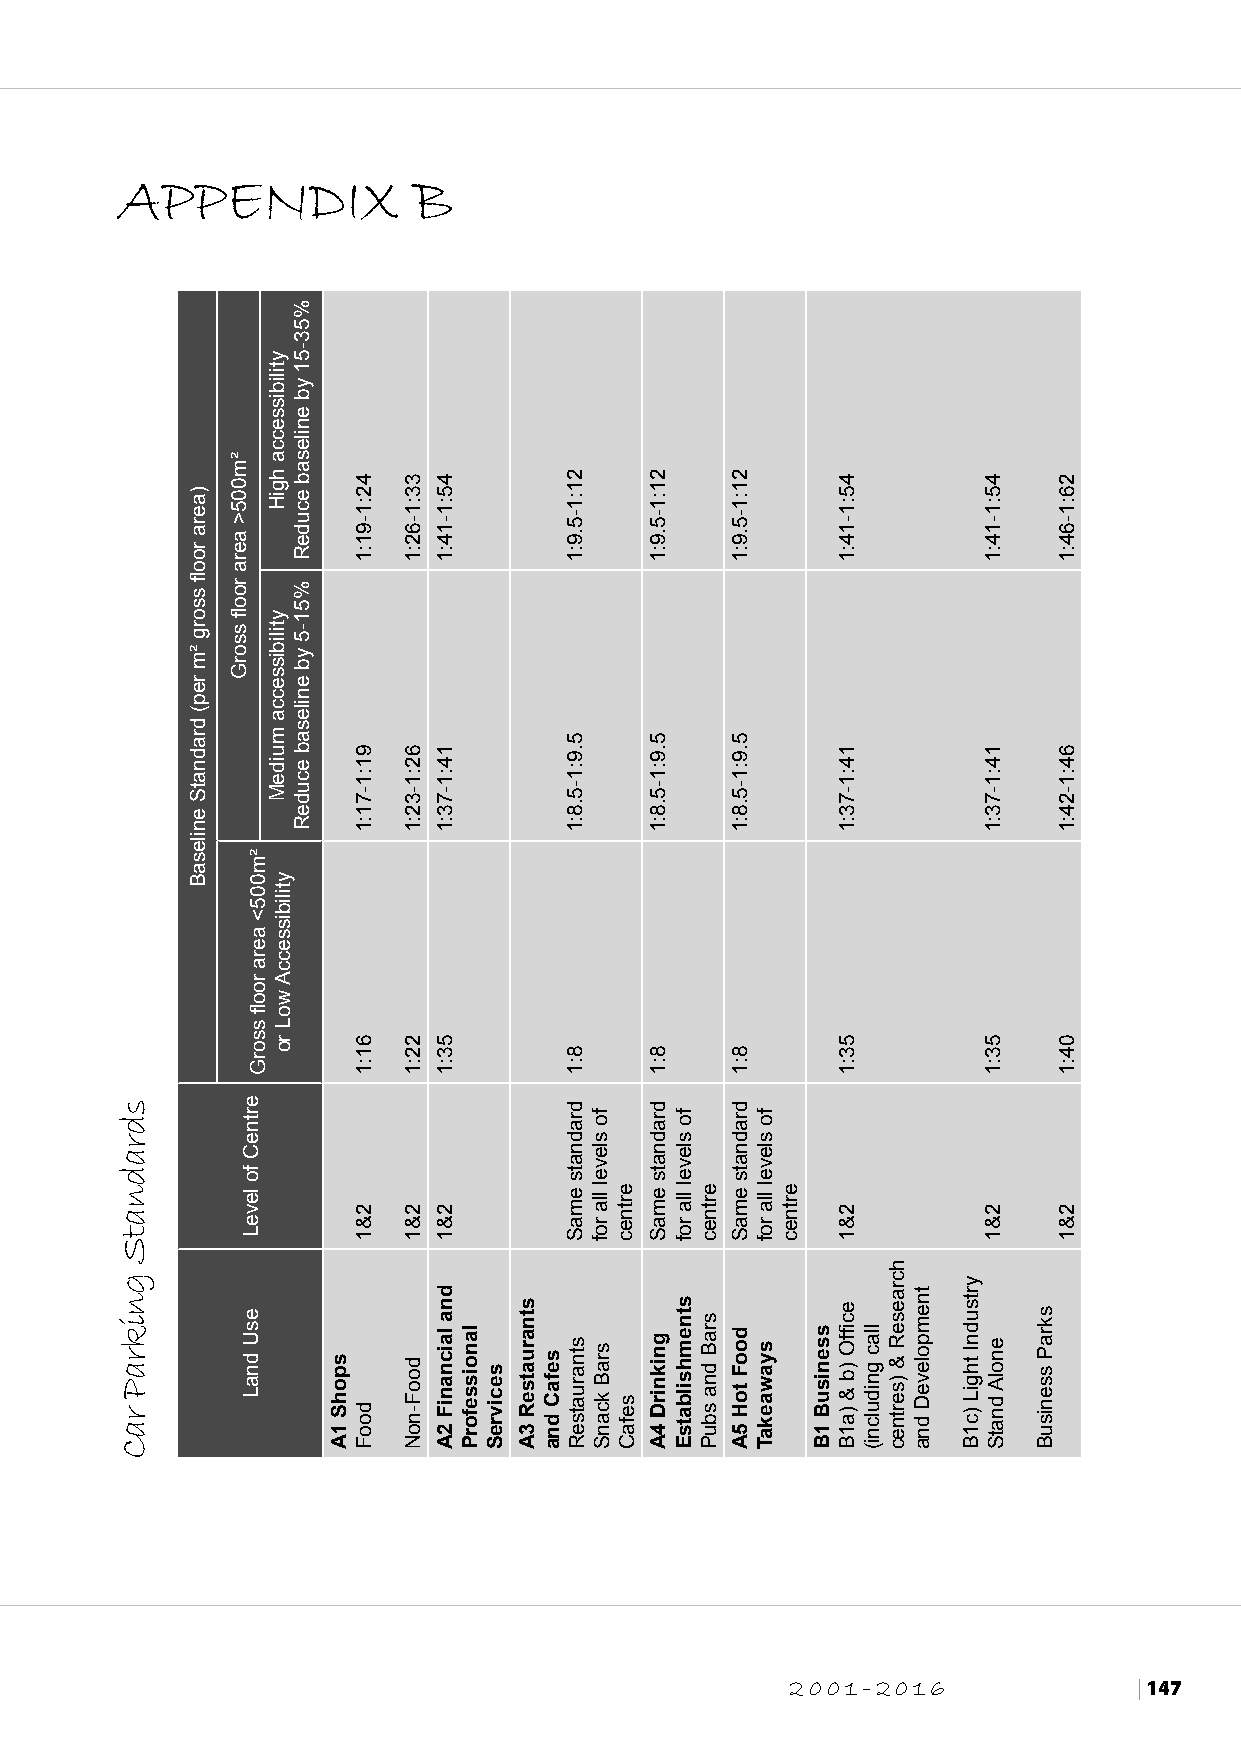
APPENDIX           B
 2001-2016              | 147
 sdradnatS
 gnikraP
 raC
 )aera
 roofl
 ssorg
 ²m
 rep(
 dradnatS
 enilesaB
 ²m005>
 aera
 roofl
 ssorG
 ertneC
 fo
 leveL
 esU
 dnaL
 ²m005<
 aera
 roofl
 ssorG
 ytilibissecca
 hgiH
 ytilibissecca
 muideM
 ytilibisseccA
 woL
 ro
 %53-51
 yb
 enilesab
 ecudeR
 %51-5
 yb
 enilesab
 ecudeR
 spohS
 1A
 42:1-91:1
 91:1-71:1
 61:1
 2&1
 dooF
 33:1-62:1
 62:1-32:1
 22:1
 2&1
 dooF-noN
 45:1-14:1
 14:1-73:1
 53:1
 2&1
 dna
 laicnaniF
 2A
 lanoisseforP
 secivreS
 stnaruatseR
 3A
 sefaC
 dna
 21:1-5.9:1
 5.9:1-5.8:1
 8:1
 dradnats
 emaS
 stnaruatseR
 fo
 slevel
 lla
 rof
 sraB
 kcanS
 ertnec
 sefaC
 21:1-5.9:1
 5.9:1-5.8:1
 8:1
 dradnats
 emaS
 gniknirD
 4A
 fo
 slevel
 lla
 rof
 stnemhsilbatsE
 ertnec
 sraB
 dna
 sbuP
 21:1-5.9:1
 5.9:1-5.8:1
 8:1
 dradnats
 emaS
 dooF
 toH
 5A
 fo
 slevel
 lla
 rof
 syawaekaT
 ertnec
 ssenisuB
 1B
 45:1-14:1
 14:1-73:1
 53:1
 2&1
 ecfifO
 )b
 &
 )a1B
 llac
 gnidulcni(
 hcraeseR
 &
 )sertnec
 tnempoleveD
 dna
 yrtsudnI
 thgiL
 )c1B
 45:1-14:1
 14:1-73:1
 53:1
 2&1
 enolA
 dnatS
 skraP
 ssenisuB
 26:1-64:1
 64:1-24:1
 04:1
 2&1